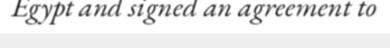
Egypt and signed an agreement to